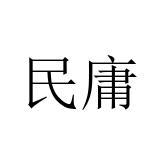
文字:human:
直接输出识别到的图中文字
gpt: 民庸